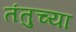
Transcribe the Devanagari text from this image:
तंतुच्या